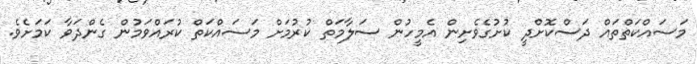
މަސައްކަތްތައް ދަސްކޮށްދީ ކުށުގެވެށިން އެމީހުން ސަލާމަތް ކުރުމަށް މަސައްކަތް ކުރައްވަމުން ގެންދަވާ ކަމަށެވެ.